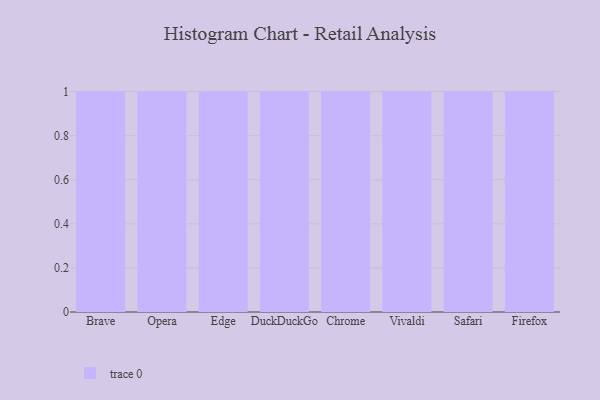
{"axis": {"x": "Browser", "y": "Customer Acquisition Cost (USD)"}, "legend": [""], "data": [{"x": "Brave", "y": 85, "type": ""}, {"x": "Opera", "y": 44, "type": ""}, {"x": "Edge", "y": 81, "type": ""}, {"x": "DuckDuckGo", "y": 6, "type": ""}, {"x": "Chrome", "y": 28, "type": ""}, {"x": "Vivaldi", "y": 63, "type": ""}, {"x": "Safari", "y": 22, "type": ""}, {"x": "Firefox", "y": 30, "type": ""}]}